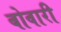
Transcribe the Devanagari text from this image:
बोवारी